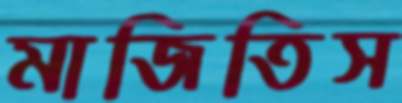
মাজিতিস